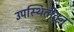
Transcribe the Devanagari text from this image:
उपस्थितीतून